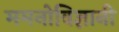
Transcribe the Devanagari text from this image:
ममनोविज्ञानी